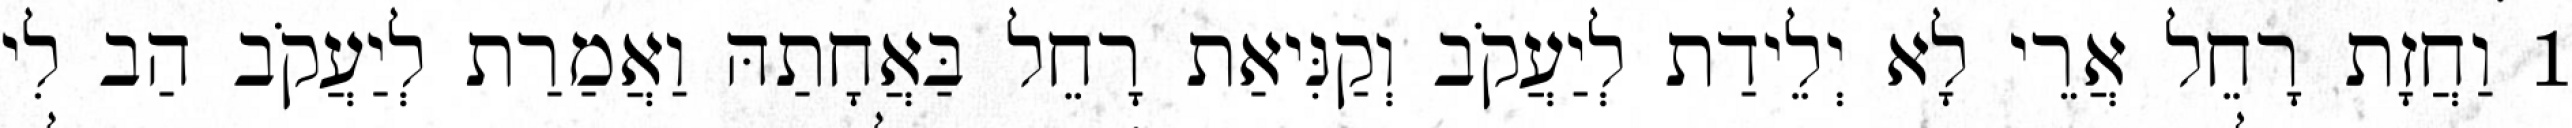
1 וַחֲזָת רָחֵל אֲרֵי לָא יְלֵידַת לְיַעֲקֹב וְקַנִּיאַת רָחֵל בַּאֲחָתַהּ וַאֲמַרַת לְיַעֲקֹב הַב לִי